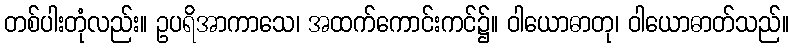
တစ်ပါးတုံလည်း။ ဥပရိအာကာသေ၊ အထက်ကောင်းကင်၌။ ဝါယောဓာတု၊ ဝါယောဓာတ်သည်။